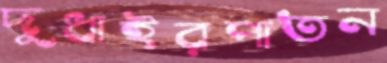
দুধাইরপাতন